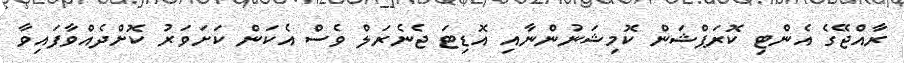
ރާއްޖޭގެ އެންޓި ކޮރަޕްޝަން ކޮމިޝަނުންނާއި އޮޑިޓަ ޖެނެރަލް ވެސް އެކަން ކަށަވަރު ކޮށްދެއްވާފައިވާ